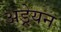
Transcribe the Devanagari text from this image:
अड्रेयन